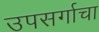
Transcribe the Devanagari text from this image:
उपसर्गाचा